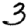
Digit: 3